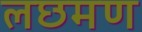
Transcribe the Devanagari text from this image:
लछमण